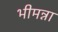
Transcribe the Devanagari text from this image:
भीमन्ना